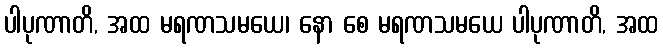
ပါပုဏာတိ, အထ မရဏသမယေ၊ နော စေ မရဏသမယေ ပါပုဏာတိ, အထ